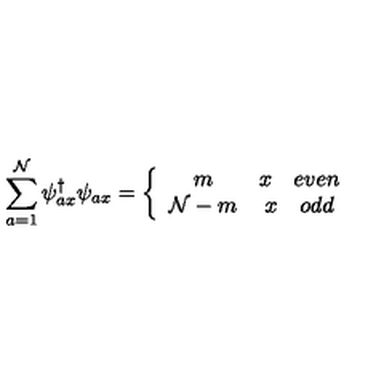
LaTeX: \sum _ { a = 1 } ^ { \cal N } \psi _ { a x } ^ { \dagger } \psi _ { a x } = \left\{ \begin{array} { c c } { m } & { x \quad e v e n } \\ { { \cal N } - m } & { x \quad o d d } \\ \end{array} \right.